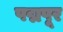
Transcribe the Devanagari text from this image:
पद्मपूर